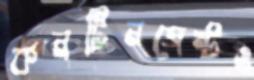
কনটিনজেন্টও